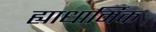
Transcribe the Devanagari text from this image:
ह्याधार्मिक